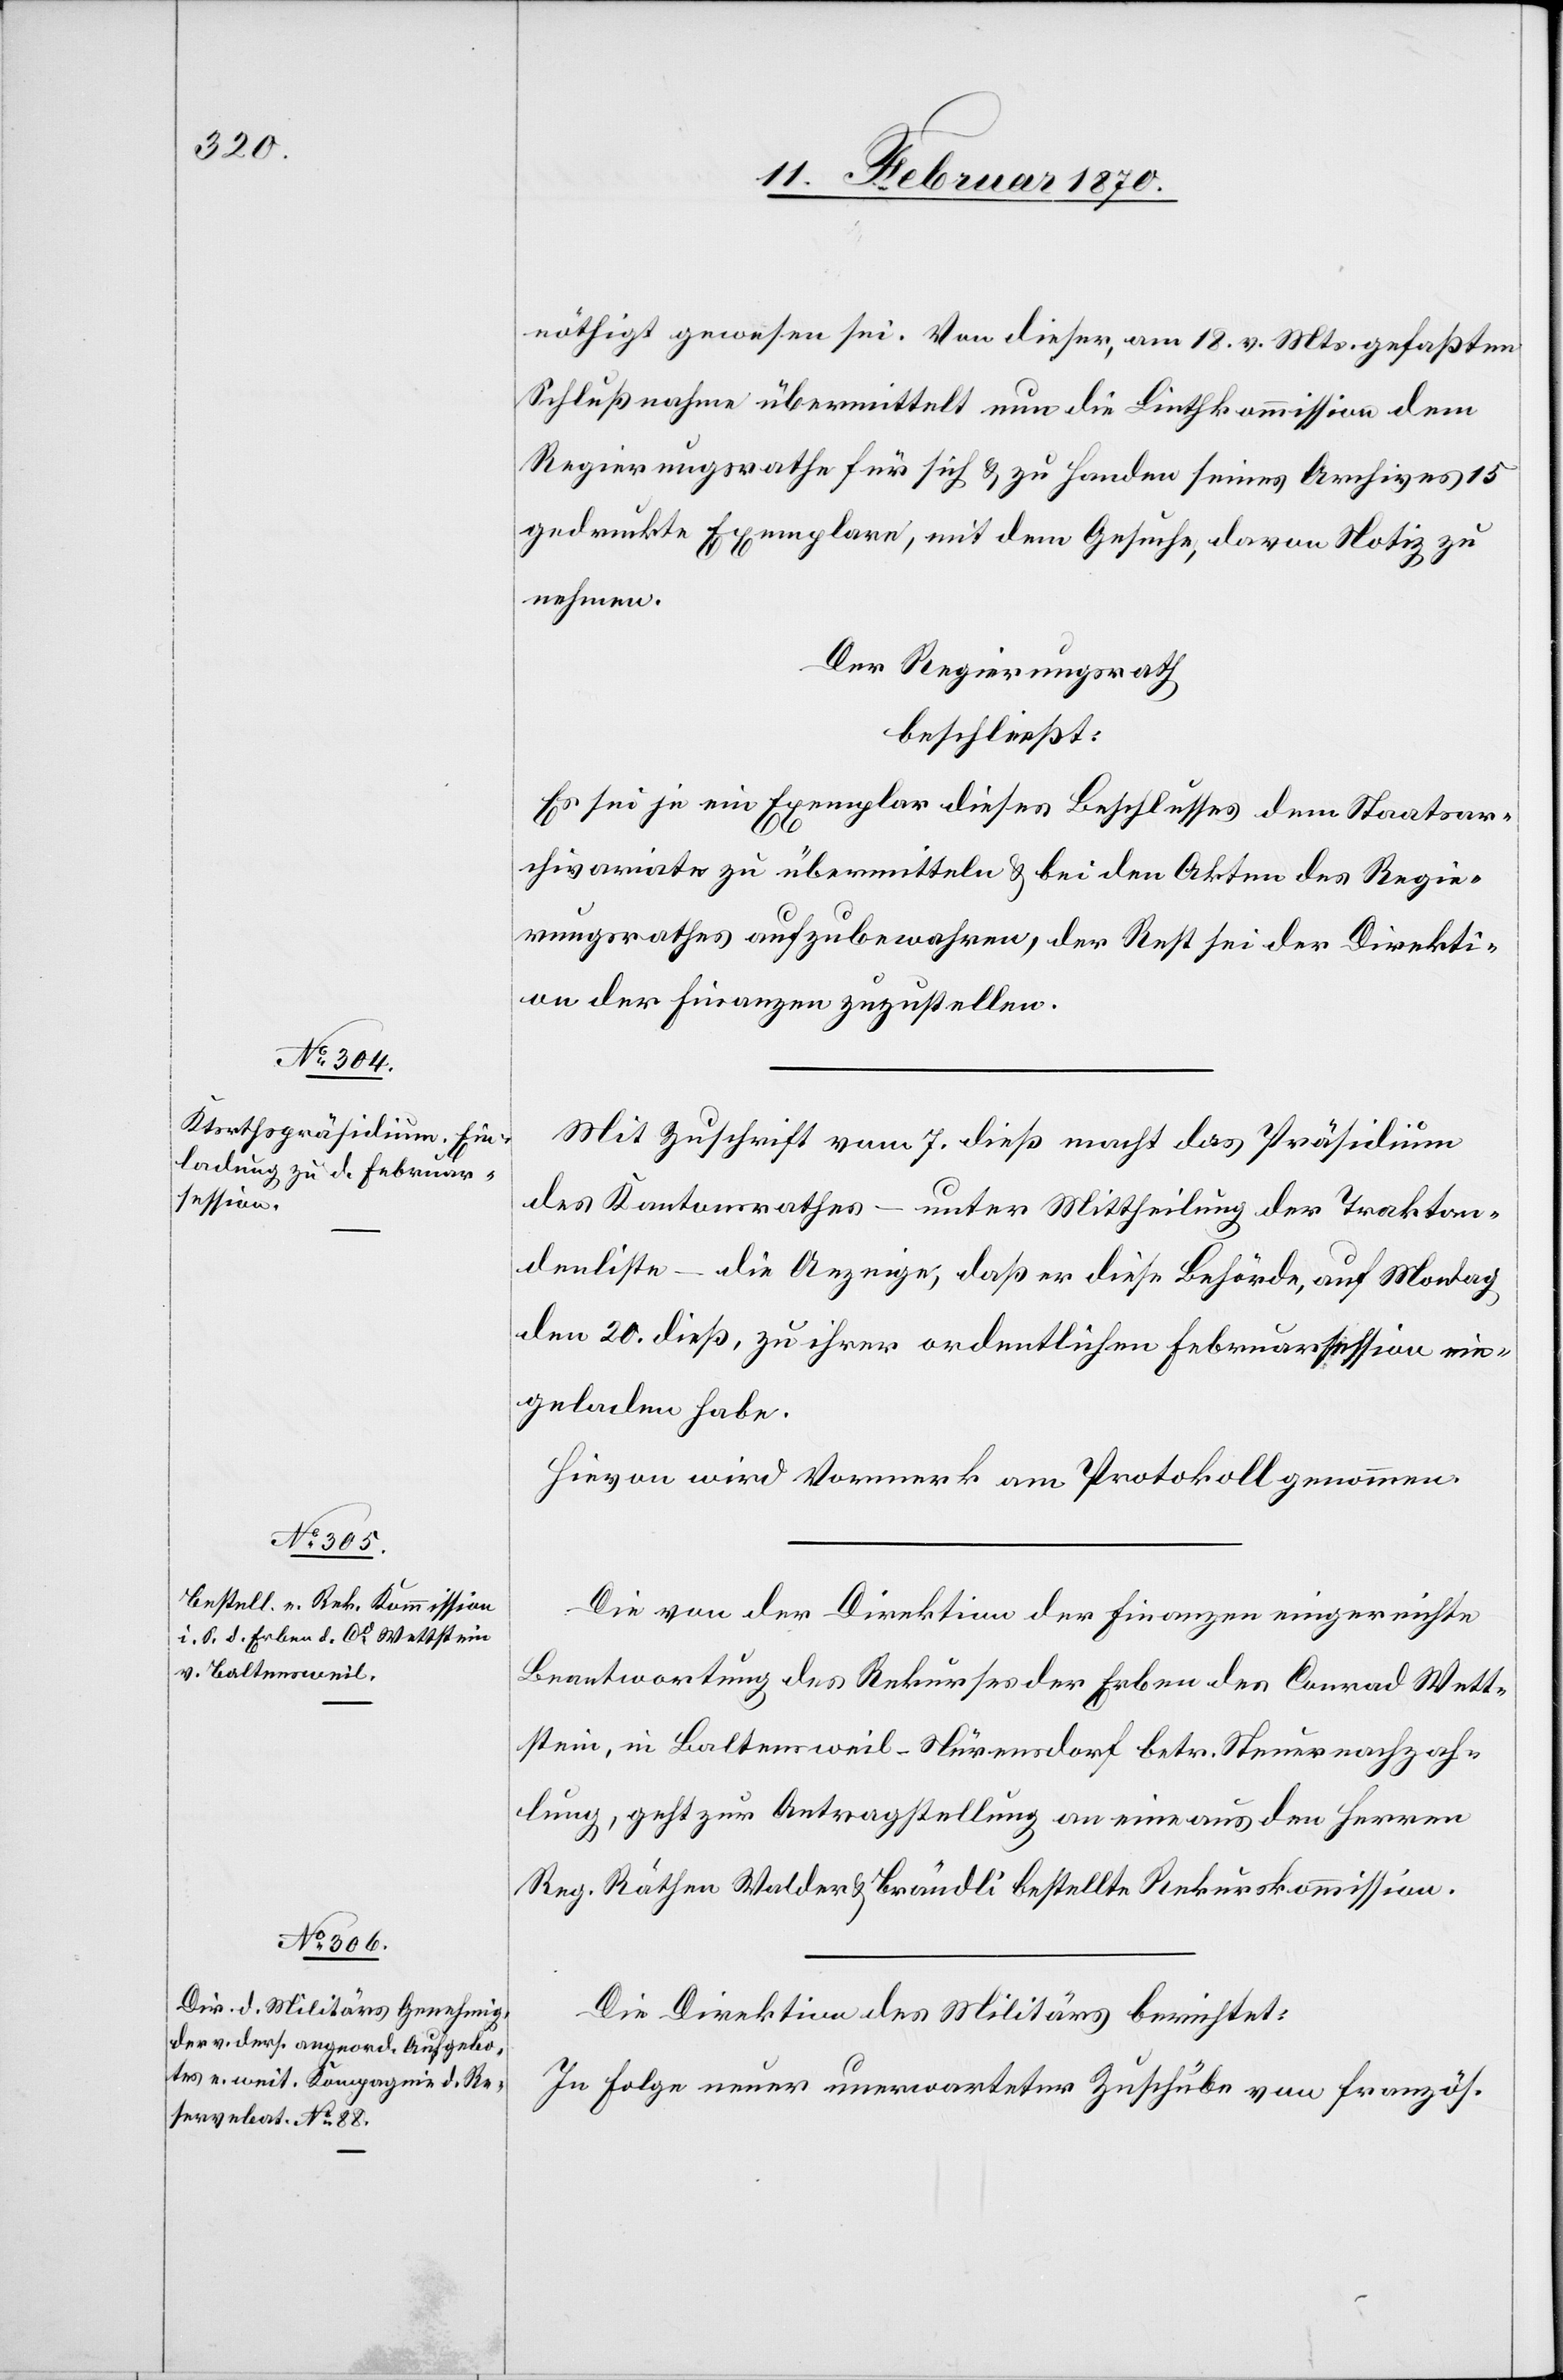
nöthigt gewesen sei. Von dieser, am 18. v. Mts. gefaßten
Schlußnahme übermittelt nun die Linthkommission dem
Regierungsrathe für sich u. zu Handen seines Archives 15
gedruckte Exemplare, mit dem Gesuche, davon Notiz zu
nehmen.
Der Regierungsrath
beschließt:
Es sei je ein Exemplar dieses Beschlusses dem Staatsar¬
chivariate zu übermitteln u. bei den Akten des Regie¬
rungsrathes aufzubewahren, der Rest sei der Direkti¬
on der Finanzen zuzustellen.
Mit Zuschrift vom 7. dieß macht das Präsidium
des Kantonsrathes – unter Mittheilung der Traktan¬
denliste – die Anzeige, daß es diese Behörde, auf Montag
den 20. dieß, zu ihrer ordentlichen Februarsession ein¬
geladen habe.
Hievon wird Vormerk am Protokoll genommen.
Die von der Direktion der Finanzen eingereichte
Beantwortung des Rekurses der Erben des Conrad Wett¬
stein, in Baltensweil-Nürensdorf betr. Steuernachzah¬
lung, geht zur Antragstellung an eine aus den Herren
Reg. Räthen Walder u. Brändli bestellte Rekurskommission.
Die Direktion des Militärs berichtet:
In Folge neuer unerwarteter Zuschübe von französ.